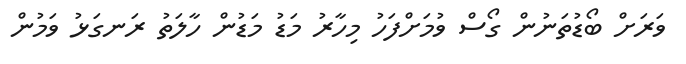
ވަރަށް ބޯޑުތަނުން ގޯސް ވުމަށްފަހު މިހާރު މަޑު މަޑުން ހާލަތު ރަނގަޅު ވަމުން